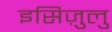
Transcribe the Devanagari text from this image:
इसिज़ुलु